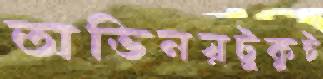
অভিনয়টুকুই